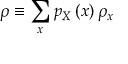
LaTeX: \rho \equiv \sum _ { x } p _ { X } \left( x \right) \rho _ { x }